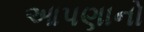
આપણાનો